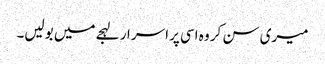
میری سن کر وہ اسی پراسر ار لہجے میں بولیں۔